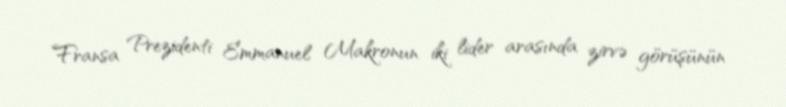
Fransa Prezidenti Emmanuel Makronun iki lider arasında zirvə görüşünün